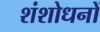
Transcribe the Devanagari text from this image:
शंशोधनों